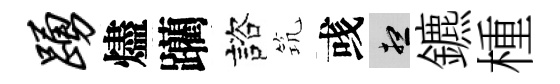
踊燼躪諮𥬑彧想鑣㮔